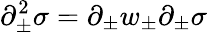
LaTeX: \partial_{\pm}^{2}\sigma=\partial_{\pm}w_{\pm}\partial_{\pm}\sigma